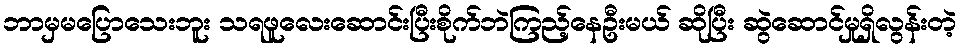
ဘာမှမပြောသေးဘူး သရဖူလေးဆောင်းပြီးစိုက်ဘဲကြည့်နေဦးမယ် ဆိုပြီး ဆွဲဆောင်မှုရှိလွန်းတဲ့